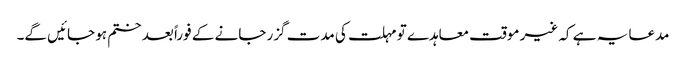
مدعا یہ ہے کہ غیر موقت معاہدے تو مہلت کی مدت گزر جانے کے فوراً بعد ختم ہو جائیں گے۔